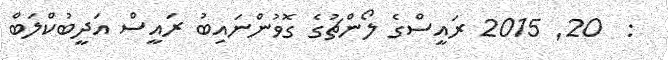
:  20